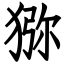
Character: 猕